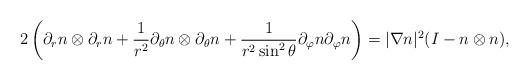
LaTeX: \begin{align*}2\left( \partial_r n\otimes \partial_r n + \frac{1}{r^2}\partial_\theta n\otimes\partial_\theta n + \frac{1}{r^2\sin^2\theta}\partial_\varphi n \partial_\varphi n \right) = |\nabla n|^2 (I-n\otimes n),\end{align*}